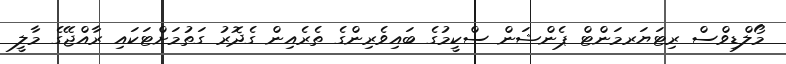
މޯލްޑިވްސް ރިޓަޔަރމަންޓް ޕެންޝަން ސްކީމުގެ ބައިވެރިންގެ ތެރެއިން ގެދޮރު ގަތުމަށްޓަކައި ރާއްޖޭގެ މާލީ